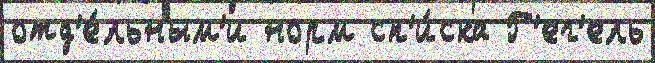
отд'е́льным'и норм сп'и́ска Г'ег'ель